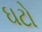
ઘટો